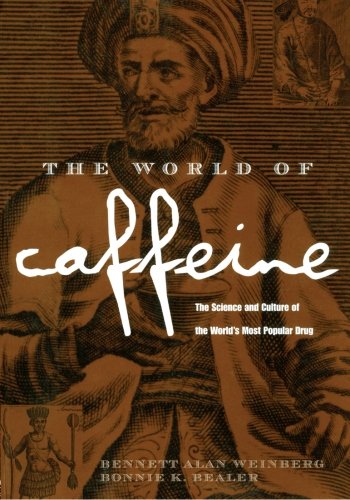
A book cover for The World of Caffeine: The Science and Culture of the World's Most Popular Drug; Bennett Alan Weinberg; Health, Fitness & Dieting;